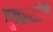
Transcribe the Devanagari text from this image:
गुन्ह्यासाठीही